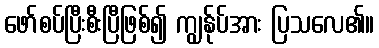
ဖော်စပ်ပြီးစီးပြီဖြစ်၍ ကျွန်ုပ်အား ပြသလေ၏။